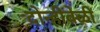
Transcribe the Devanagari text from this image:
दोन्हीवेळी